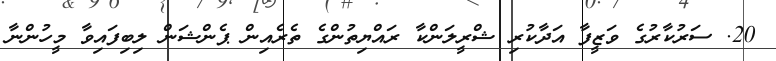
20. ސަރުކާރުގެ ވަޒީފާ އަދާކުރި ޝްރީލަންކާ ރައްޔިތުންގެ ތެރެއިން ޕެންޝަން ލިބިފައިވާ މީހުންނާ